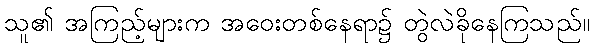
သူ၏ အကြည့်များက အဝေးတစ်နေရာ၌ တွဲလဲခိုနေကြသည်။